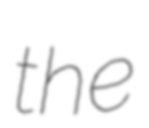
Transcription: the